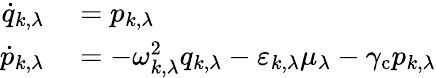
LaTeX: \begin{array}{rl}{\dot{q}_{k,\lambda}}&{{}=p_{k,\lambda}}\\ {\dot{p}_{k,\lambda}}&{{}=-\omega_{k,\lambda}^{2}q_{k,\lambda}-\varepsilon_{k,\lambda}\mu_{\lambda}-\gamma_{\mathrm{c}}p_{k,\lambda}}\end{array}